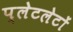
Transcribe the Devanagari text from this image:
प्‍लेटलेटों